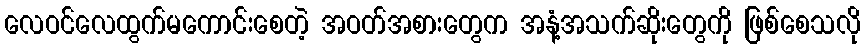
လေဝင်လေထွက်မကောင်းစေတဲ့ အဝတ်အစားတွေက အနံ့အသက်ဆိုးတွေကို ဖြစ်စေသလို